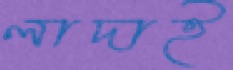
লাদাই